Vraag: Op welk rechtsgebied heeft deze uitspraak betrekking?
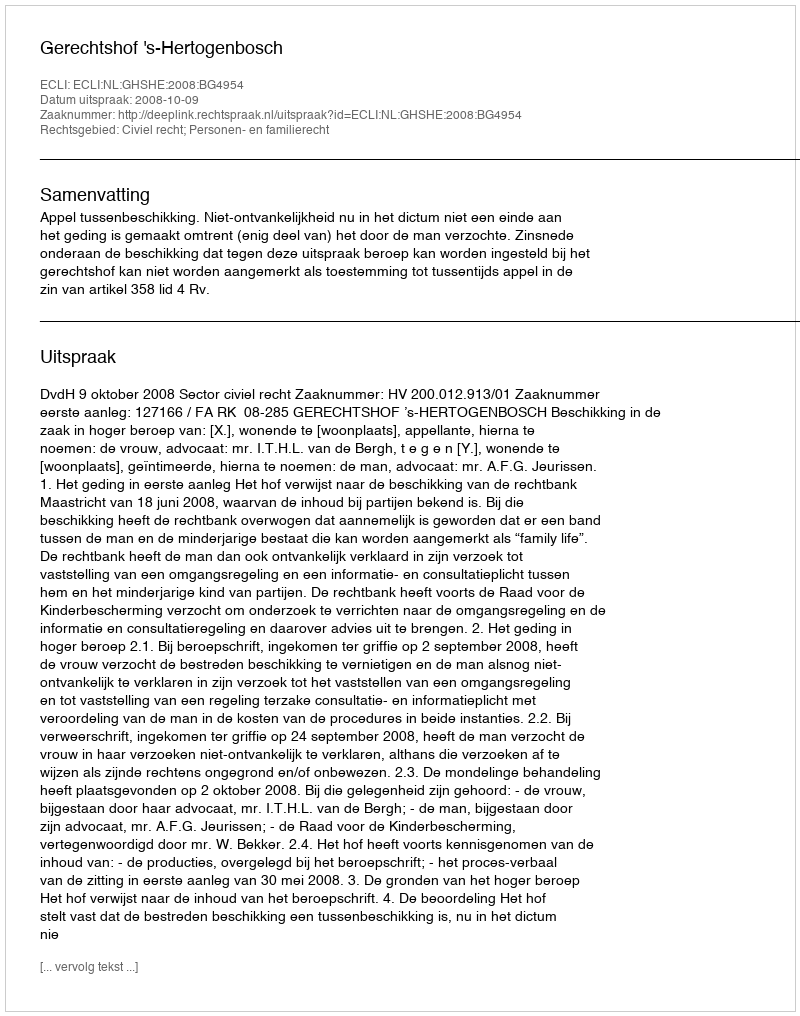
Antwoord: Civiel recht; Personen- en familierecht